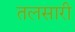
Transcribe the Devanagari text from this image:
तलसारी